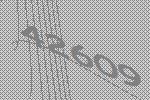
42609